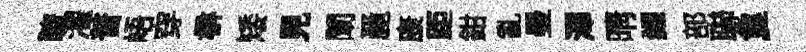
臍濯普峿穿楙矮見闡䴡康距鉗亂曼澤晴糴部聯夐